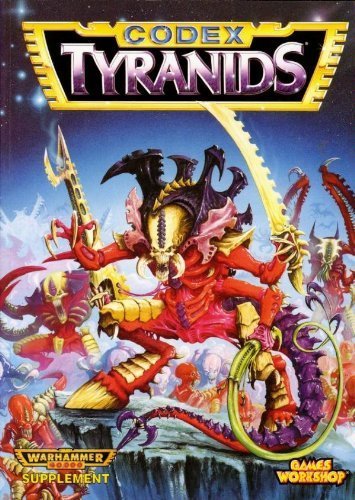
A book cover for Tyranids (Warhammer 40, 000 / Codex); Andy Chambers; Science Fiction & Fantasy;